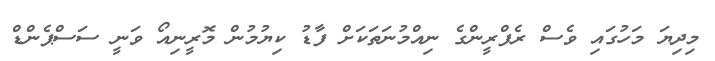
މިދިޔަ މަހުގައި ވެސް ރެފްރީންގެ ނިއްމުނަތަކަށް ފާޑު ކިޔުމުން މޮރީނިއޯ ވަނީ ސަސްޕެންޑް